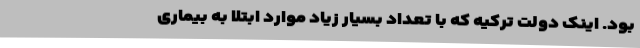
بود. اینک دولت ترکیه که با تعداد بسیار زیاد موارد ابتلا به بیماری